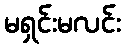
မရှင်းမလင်း